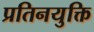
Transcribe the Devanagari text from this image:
प्रतिनयुक्ति